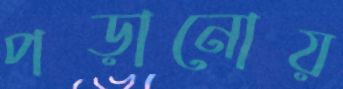
পড়ানোয়